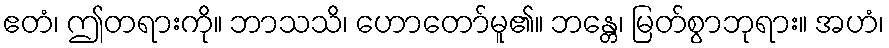
ဧတံ၊ ဤတရားကို။ ဘာသသိ၊ ဟောတော်မူ၏။ ဘန္တေ၊ မြတ်စွာဘုရား။ အဟံ၊